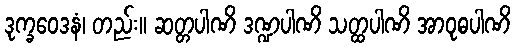
ဒုက္ခဝေဒနံ၊ တည်း။ ဆတ္တပါဏိ ဒဏ္ဍပါဏိ သတ္ထပါဏိ အာဝုဓပါဏိ